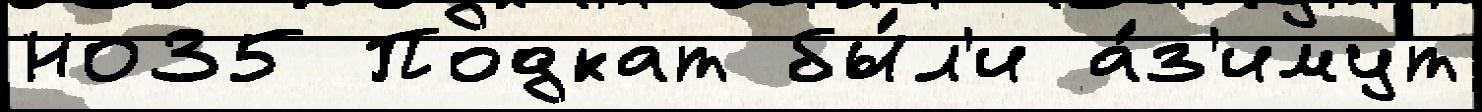
Н035 Подкат бы́л'и а́з'имут